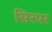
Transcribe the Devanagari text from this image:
सिरपर